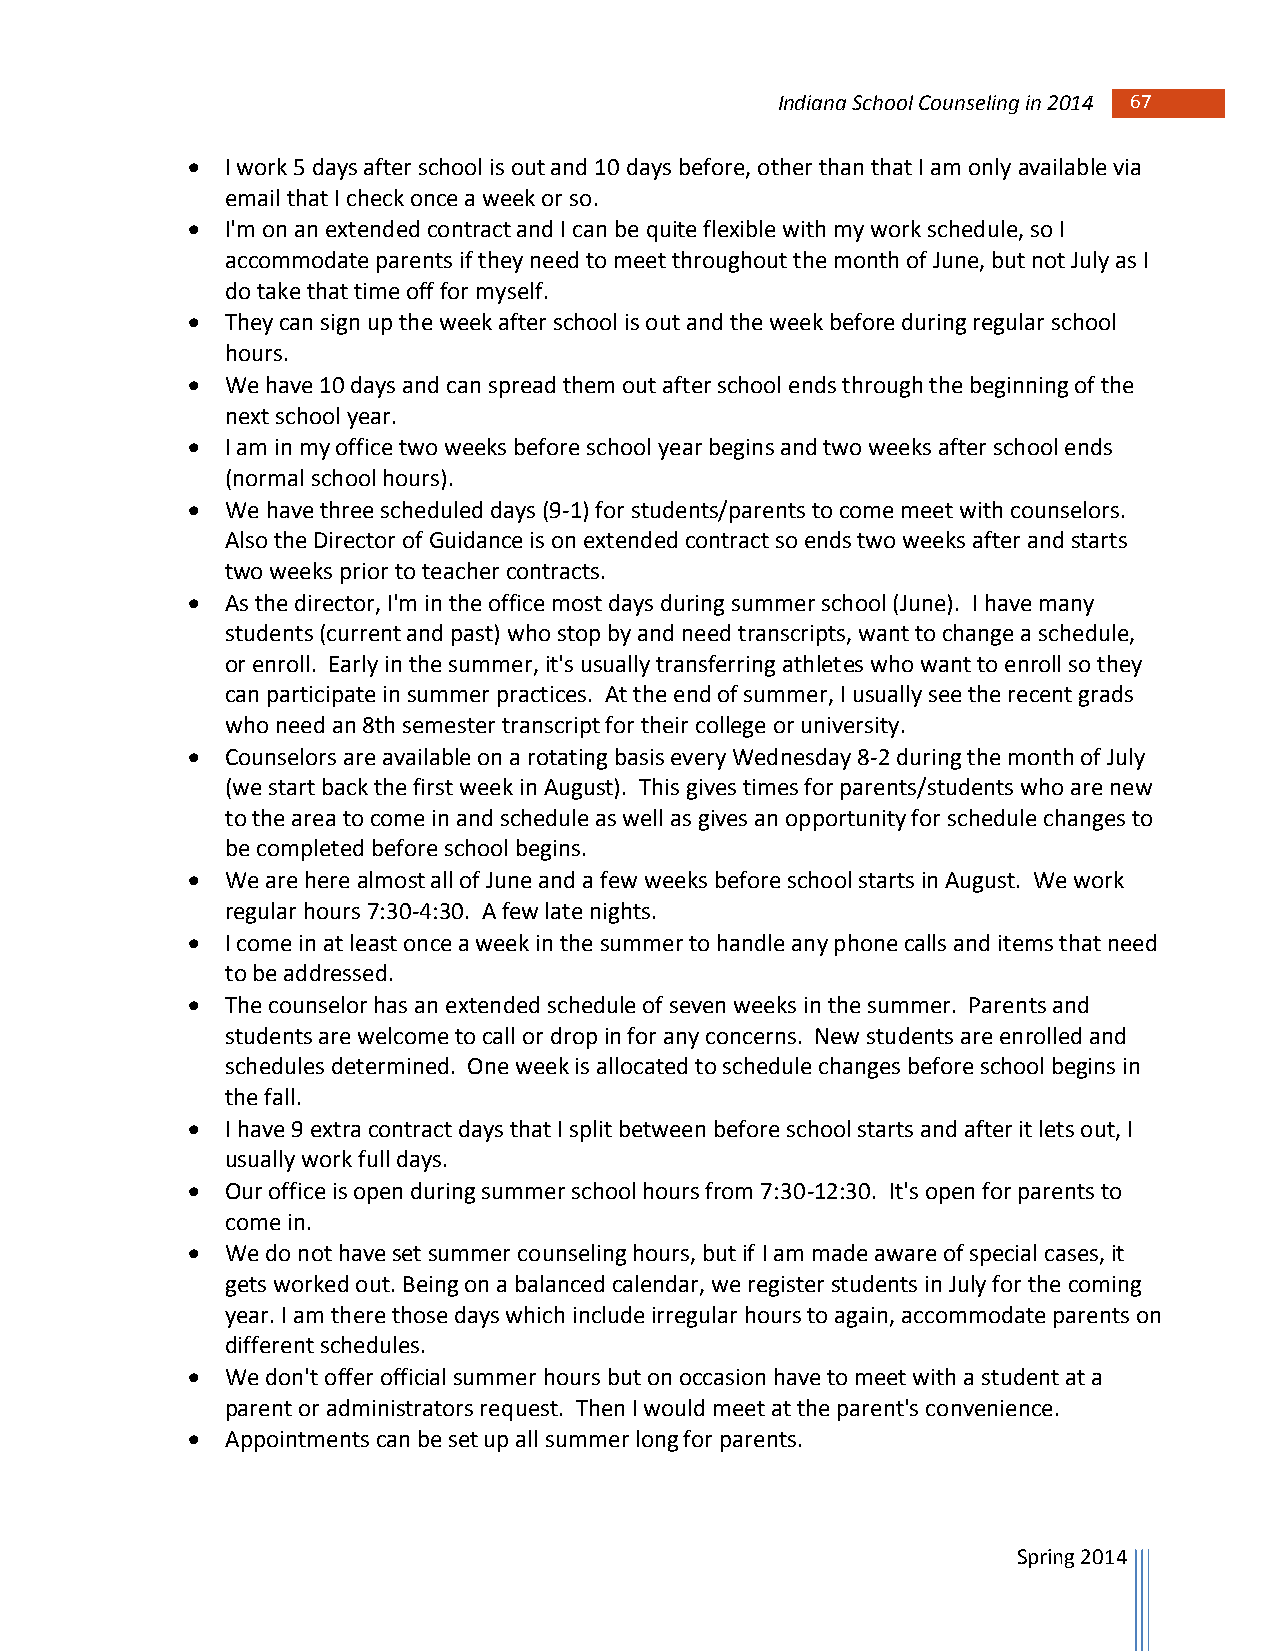
Indiana School Counseling in 2014 67 67
   I work 5 days after school is out and 10 days before, other than that I am only available via
 email that I check once a week or so.
   I'm on an extended contract and I can be quite flexible with my work schedule, so I
 accommodate parents if they need to meet throughout the month of June, but not July as I
 do take that time off for myself.
   They can sign up the week after school is out and the week before during regular school
 hours.
   We have 10 days and can spread them out after school ends through the beginning of the
 next school year.
   I am in my office two weeks before school year begins and two weeks after school ends
 (normal school hours).
   We have three scheduled days (9-1) for students/parents to come meet with counselors.
 Also the Director of Guidance is on extended contract so ends two weeks after and starts
 two weeks prior to teacher contracts.
   As the director, I'm in the office most days during summer school (June). I have many
 students (current and past) who stop by and need transcripts, want to change a schedule,
 or enroll. Early in the summer, it's usually transferring athletes who want to enroll so they
 can participate in summer practices. At the end of summer, I usually see the recent grads
 who need an 8th semester transcript for their college or university.
   Counselors are available on a rotating basis every Wednesday 8-2 during the month of July
 (we start back the first week in August). This gives times for parents/students who are new
 to the area to come in and schedule as well as gives an opportunity for schedule changes to
 be completed before school begins.
   We are here almost all of June and a few weeks before school starts in August. We work
 regular hours 7:30-4:30. A few late nights.
   I come in at least once a week in the summer to handle any phone calls and items that need
 to be addressed.
   The counselor has an extended schedule of seven weeks in the summer. Parents and
 students are welcome to call or drop in for any concerns. New students are enrolled and
 schedules determined. One week is allocated to schedule changes before school begins in
 the fall.
   I have 9 extra contract days that I split between before school starts and after it lets out, I
 usually work full days.
   Our office is open during summer school hours from 7:30-12:30. It's open for parents to
 come in.
   We do not have set summer counseling hours, but if I am made aware of special cases, it
 gets worked out. Being on a balanced calendar, we register students in July for the coming
 year. I am there those days which include irregular hours to again, accommodate parents on
 different schedules.
   We don't offer official summer hours but on occasion have to meet with a student at a
 parent or administrators request. Then I would meet at the parent's convenience.
   Appointments can be set up all summer long for parents.
 Spring 2014